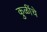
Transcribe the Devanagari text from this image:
कुळींचे